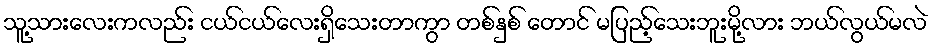
သူ့သားလေးကလည်း ငယ်ငယ်လေးရှိသေးတာကွာ တစ်နှစ် တောင် မပြည့်သေးဘူးမို့လား ဘယ်လွယ်မလဲ